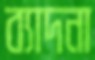
ব্যাদনা